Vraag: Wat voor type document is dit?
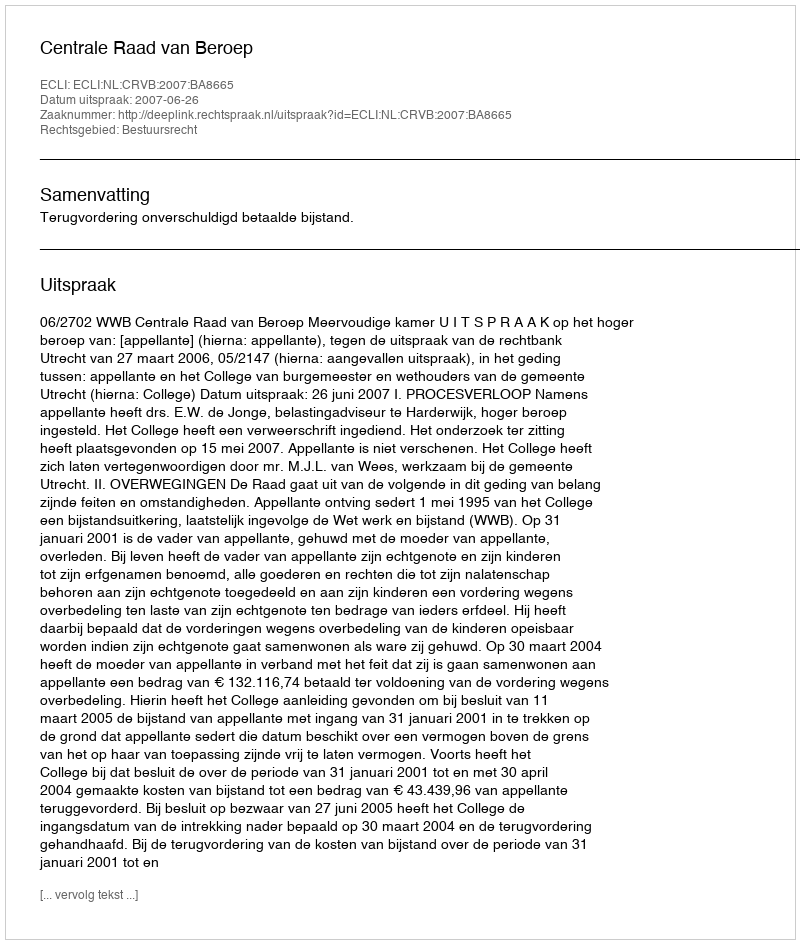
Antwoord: Uitspraak